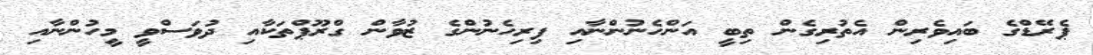
ޕެރޭޑްގެ ބައިވެރިން އެތުރިގެން ތިބީ އަންހެނުންނާއި ފިރިހެނުންގެ ޒުވާން ގްރޫޕްތަކާއި ދުވަސްވީ މީހުންނާއި